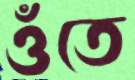
ওঁতে